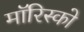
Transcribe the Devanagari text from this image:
मॉरिस्को